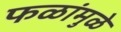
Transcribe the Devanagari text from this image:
फळांमुळे